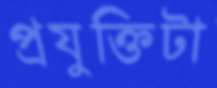
প্রযুক্তিটা